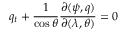
q _ { t } + \frac { 1 } { \cos \theta } \frac { \partial ( \psi , q ) } { \partial ( \lambda , \theta ) } = 0